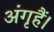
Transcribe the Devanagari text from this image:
अंगृहैं।